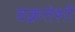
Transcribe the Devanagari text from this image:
वक्रतेशी